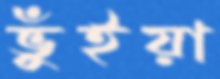
ভুঁইয়া